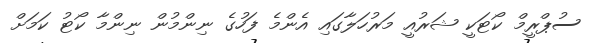
ސުޕްރީމް ކޯޓަކީ ޝަރުއީ މަރުހަލާގައި އެންމެ ފަހުގެ ނިންމުން ނިންމާ ކޯޓު ކަމަށް